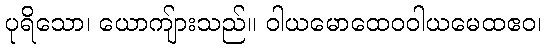
ပုရိသော၊ ယောကျ်ားသည်။ ဝါယမောထေဝဝါယမေထဧဝ၊